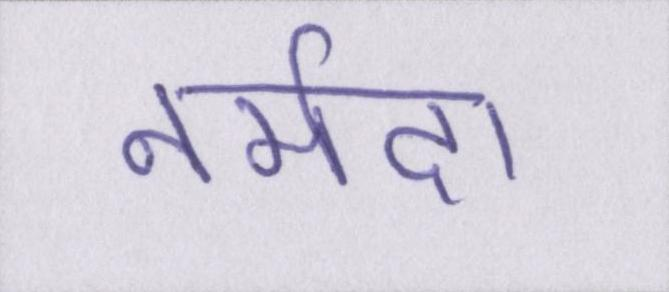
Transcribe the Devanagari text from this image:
नर्मदा